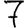
Digit: 7